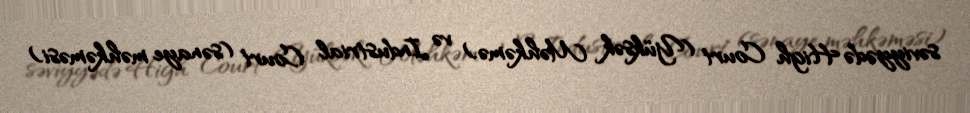
səviyyədə High Court (Yüksək Məhkəmə) və Industrial Court (sənaye məhkəməsi)